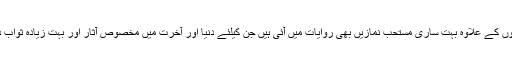
واجب نمازوں کے علاوہ بہت ساری مستحب نمازیں بھی روایات میں آئی ہیں جن کیلئے دنیا اور آخرت میں مخصوص آثار اور بہت زیادہ ثواب ذکر ہوا ہے۔